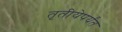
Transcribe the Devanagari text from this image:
तृतीयेपर्यंत